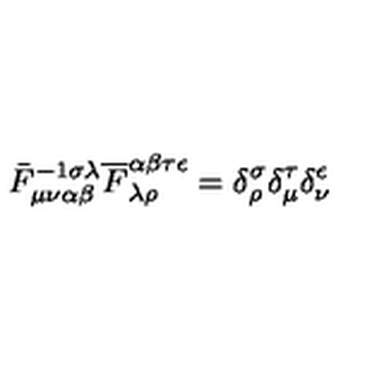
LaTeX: \bar { F } _ { \mu \nu \alpha \beta } ^ { - 1 \sigma \lambda } \overline { F } _ { \lambda \rho } ^ { \alpha \beta \tau \epsilon } = \delta _ { \rho } ^ { \sigma } \delta _ { \mu } ^ { \tau } \delta _ { \nu } ^ { \epsilon }